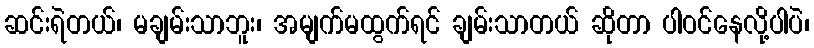
ဆင်းရဲတယ်၊ မချမ်းသာဘူး၊ အမျက်မထွက်ရင် ချမ်းသာတယ် ဆိုတာ ပါဝင်နေလို့ပါပဲ၊